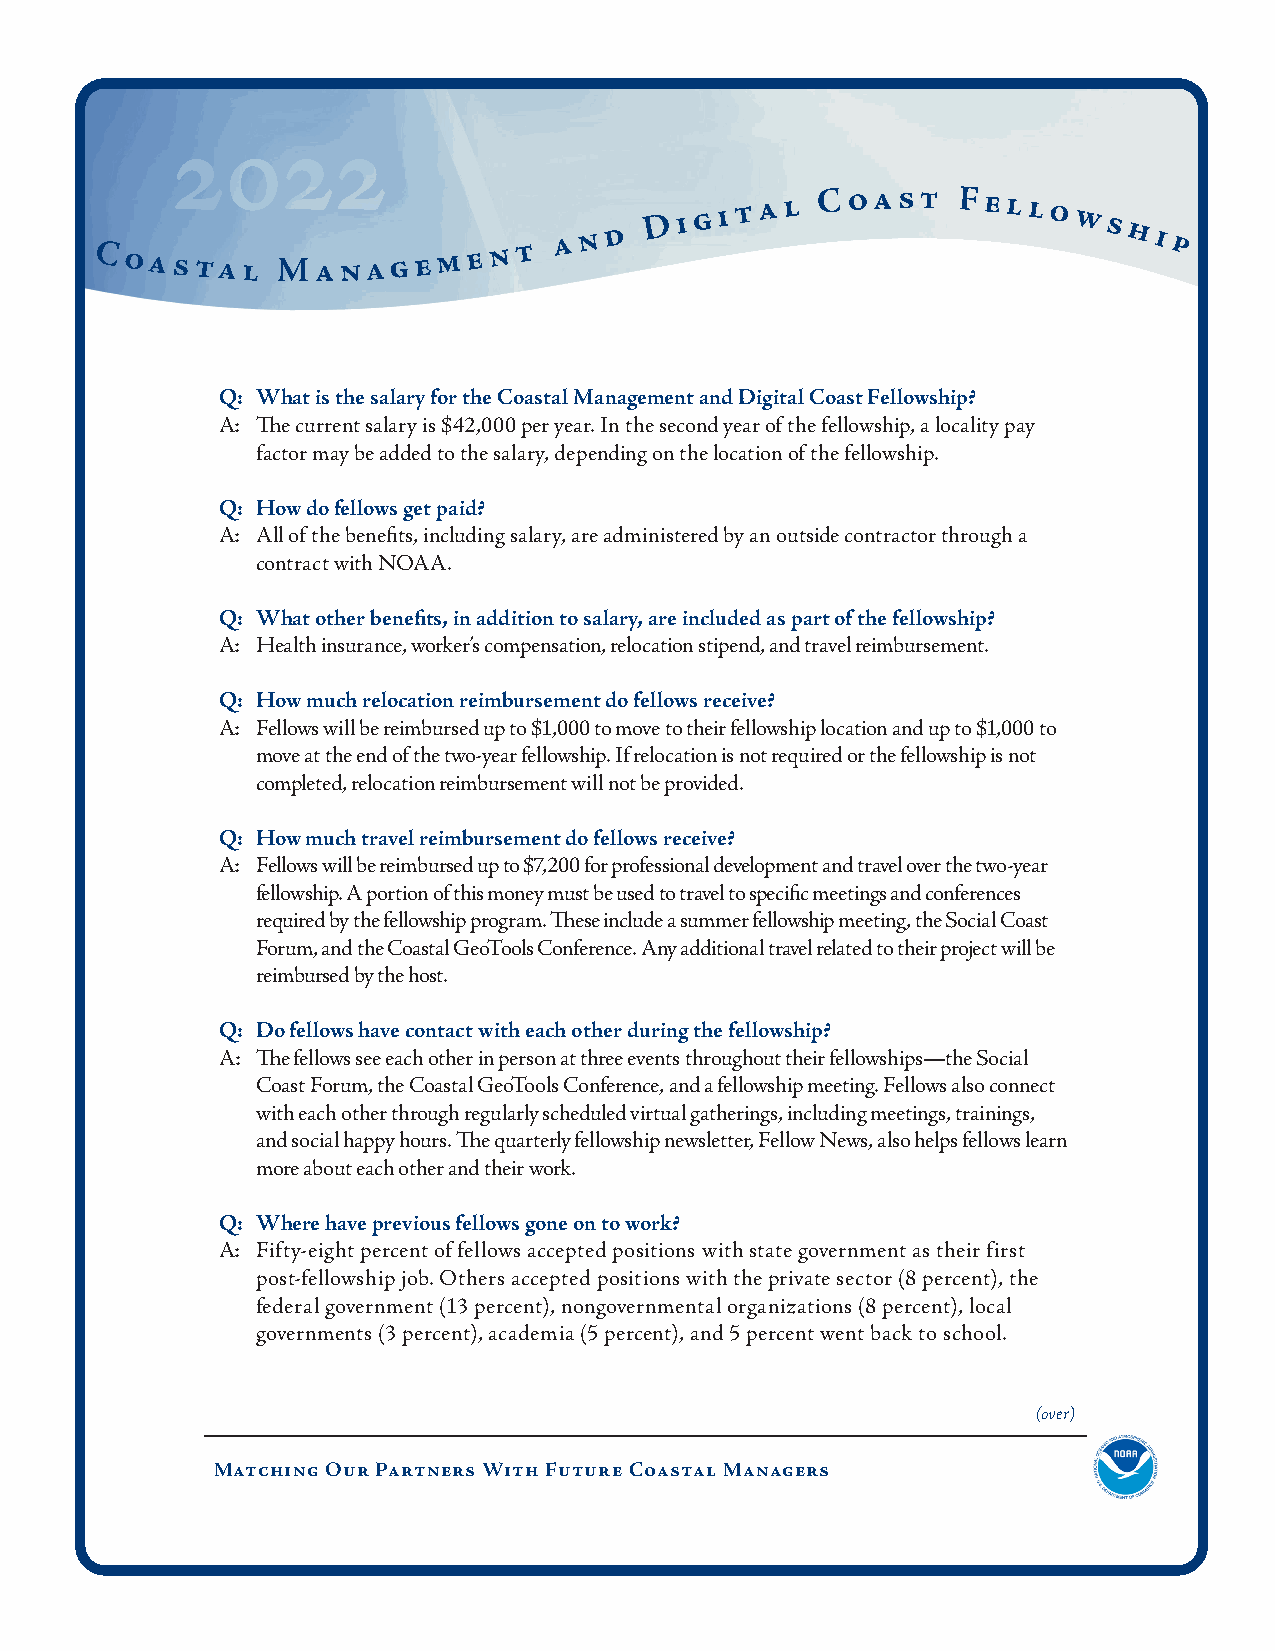
2022
 Coastal     Ma   n a g e m e n t a n d
 D i g i t a l C oast Fello  ws
 hi p
 Q: What is the salary for the Coastal Management and Digital Coast Fellowship?
 A: The current salary is $42,000 per year. In the second year of the fellowship, a locality pay
 factor may be added to the salary, depending on the location of the fellowship.
 Q: How do fellows get paid?
 A: All of the benefits, including salary, are administered by an outside contractor through a
 contract with NOAA.
 Q: What other benefits, in addition to salary, are included as part of the fellowship?
 A: Health insurance, worker’s compensation, relocation stipend, and travel reimbursement.
 Q: How much relocation reimbursement do fellows receive?
 A: Fellows will be reimbursed up to $1,000 to move to their fellowship location and up to $1,000 to
 move at the end of the two-year fellowship. If relocation is not required or the fellowship is not
 completed, relocation reimbursement will not be provided.
 Q: How much travel reimbursement do fellows receive?
 A: Fellows will be reimbursed up to $7,200 for professional development and travel over the two-year
 fellowship. A portion of this money must be used to travel to specific meetings and conferences
 required by the fellowship program. These include a summer fellowship meeting, the Social Coast
 Forum, and the Coastal GeoTools Conference. Any additional travel related to their project will be
 reimbursed by the host.
 Q: Do fellows have contact with each other during the fellowship?
 A: The fellows see each other in person at three events throughout their fellowships—the Social
 Coast Forum, the Coastal GeoTools Conference, and a fellowship meeting. Fellows also connect
 with each other through regularly scheduled virtual gatherings, including meetings, trainings,
 and social happy hours. The quarterly fellowship newsletter, Fellow News, also helps fellows learn
 more about each other and their work.
 Q: Where have previous fellows gone on to work?
 A: Fifty-eight percent of fellows accepted positions with state government as their first
 post-fellowship job. Others accepted positions with the private sector (8 percent), the
 federal government (13 percent), nongovernmental organizations (8 percent), local
 governments (3 percent), academia (5 percent), and 5 percent went back to school.
 (over)
 Matching Our Partners With Future Coastal Managers